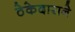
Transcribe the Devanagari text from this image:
ठेकेदाराने